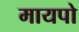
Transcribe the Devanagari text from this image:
मायपो